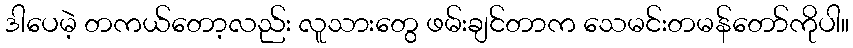
ဒါပေမဲ့ တကယ်တော့လည်း လူသားတွေ ဖမ်းချင်တာက သေမင်းတမန်တော်ကိုပါ။